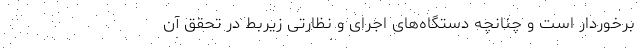
برخوردار است و چنانچه دستگاه‌های اجرای و نظارتی زیربط در تحقق آن